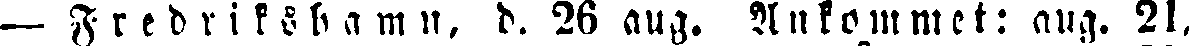
— Fredrikshamn, d. 26 aug. Ankommet: aug. 21,